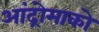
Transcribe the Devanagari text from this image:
आंद्रोमाको